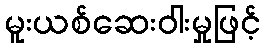
မူးယစ်ဆေးဝါးမှုဖြင့်